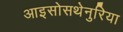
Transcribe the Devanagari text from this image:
आइसोसथेनुरिया